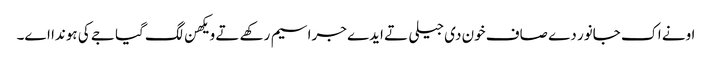
اونے اک جانور دے صاف خون دی جیلی تے ایدے جراسیم رکھے تے ویکھن لگ گیا جے کی ہوندا اے۔